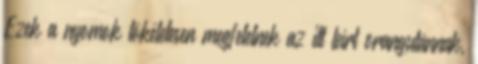
Ezek a nyomok tökéletesen megfelelnek az itt leírt orangutánnak,